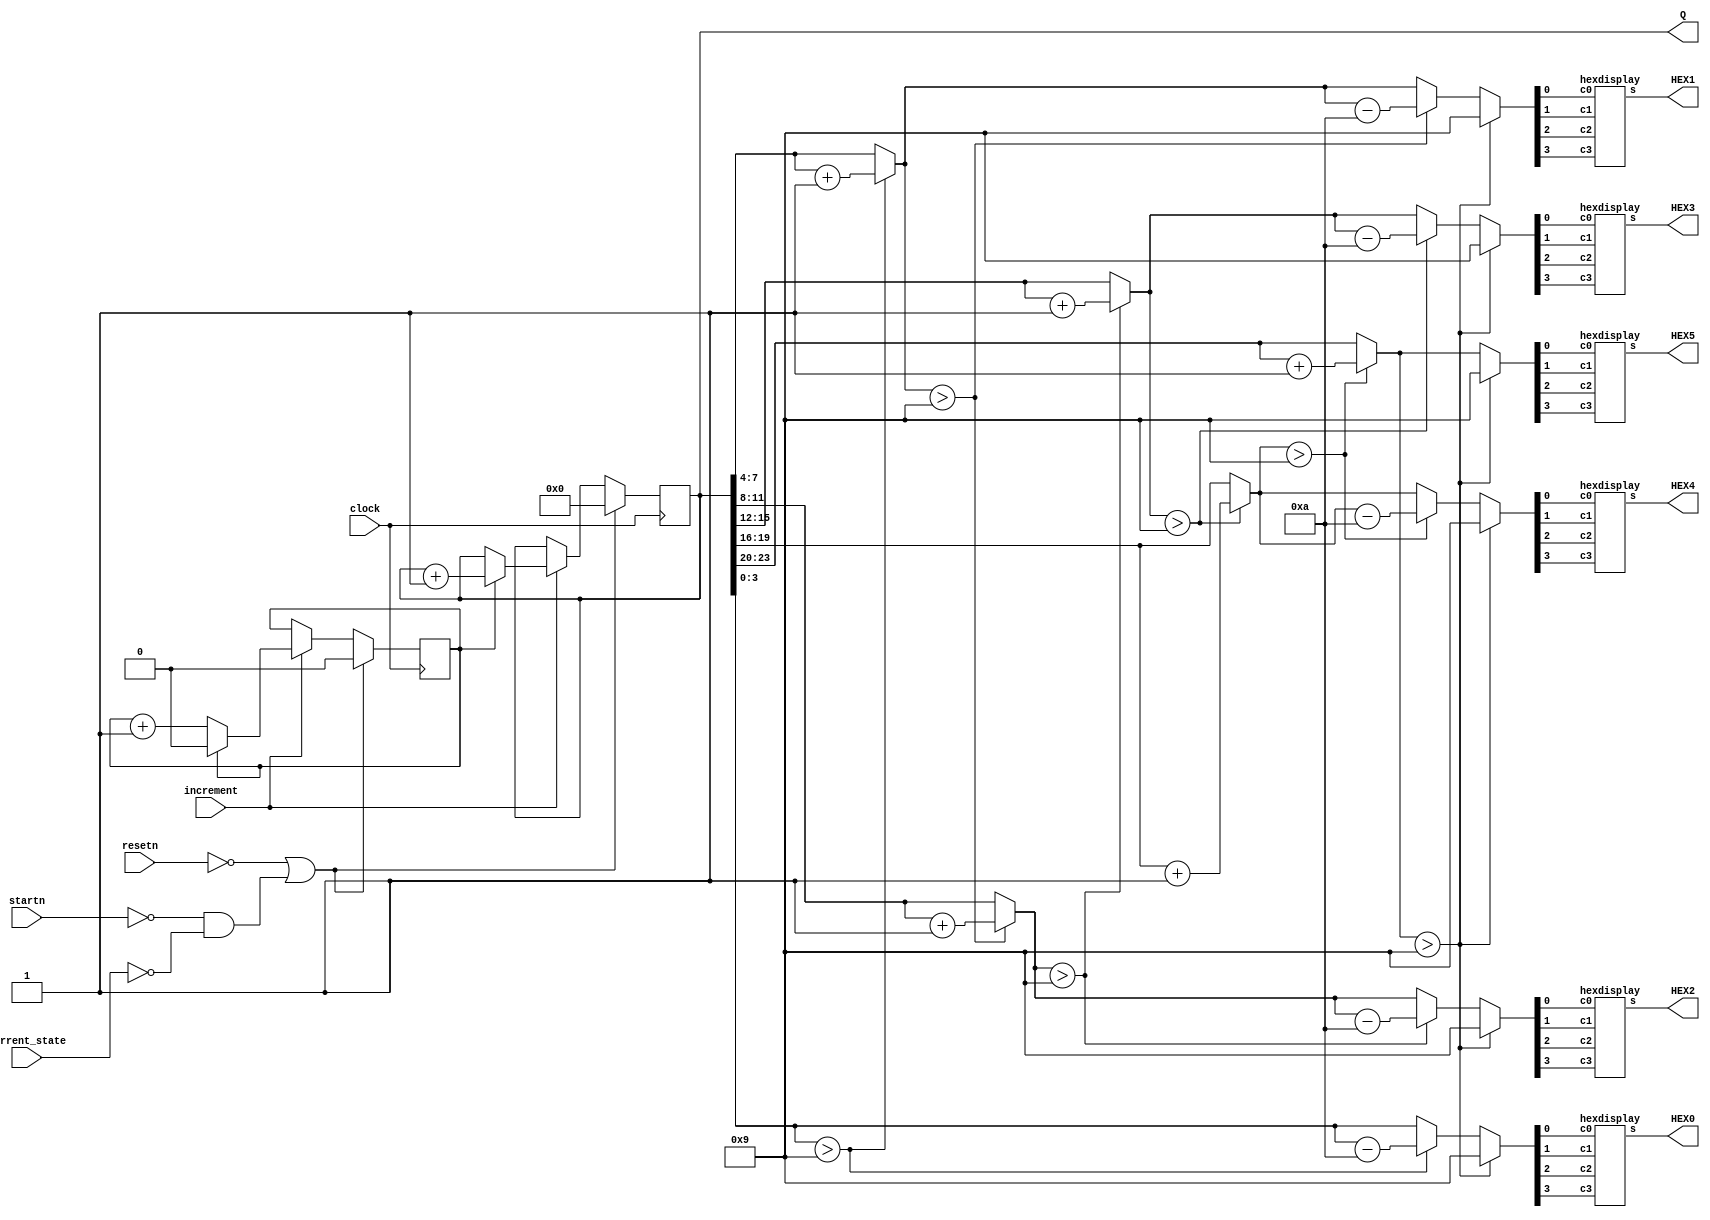
module scoreregister (clock, resetn, startn, current_state, increment,HEX0,HEX1,HEX2,HEX3,HEX4, HEX5, Q);

	input clock, resetn, startn, increment;
	input [5:0] current_state;
	output reg [23:0]Q;
	reg everyOther;
	output [6:0]HEX0, HEX1,HEX2,HEX3,HEX4,HEX5;
	
	reg [3:0] digit_5, digit_4, digit_3, digit_2, digit_1, digit_0;
	
	always@(*) begin
		digit_0 = Q[3:0];
		digit_1 = Q[7:4];
		digit_2 = Q[11:8];
		digit_3 = Q[15:12];
		digit_4 = Q[19:16];
		digit_5 = Q[23:20];
		
		if (digit_0 > 9) begin
			digit_1 = digit_1 + 1;
			digit_0 = digit_0 - 10;
		end
		if (digit_1 > 9) begin
			digit_2 = digit_2 + 1;
			digit_1 = digit_1 - 10;
		end
		if (digit_2 > 9) begin
			digit_3 = digit_3 + 1;
			digit_2 = digit_2 - 10;
		end
		if (digit_3 > 9) begin
			digit_4 = digit_4 + 1;
			digit_3 = digit_3 - 10;
		end
		if (digit_4 > 9) begin
			digit_5 = digit_5 + 1;
			digit_4 = digit_4 - 10;
		end
		if (digit_5 > 9) begin
			digit_0 = 9;
			digit_1 = 9;
			digit_2 = 9;
			digit_3 = 9;
			digit_4 = 9;
			digit_5 = 9;
		end
	
	end
	
	hexdisplay h1(.c3(digit_0[3]), .c2(digit_0[2]), .c1(digit_0[1]), .c0(digit_0[0]), .s(HEX0));
	hexdisplay h2(.c3(digit_1[3]), .c2(digit_1[2]), .c1(digit_1[1]), .c0(digit_1[0]), .s(HEX1));
	hexdisplay h3(.c3(digit_2[3]), .c2(digit_2[2]), .c1(digit_2[1]), .c0(digit_2[0]), .s(HEX2));
	hexdisplay h4(.c3(digit_3[3]), .c2(digit_3[2]), .c1(digit_3[1]), .c0(digit_3[0]), .s(HEX3));
	hexdisplay h5(.c3(digit_4[3]), .c2(digit_4[2]), .c1(digit_4[1]), .c0(digit_4[0]), .s(HEX4));
	hexdisplay h6(.c3(digit_5[3]), .c2(digit_5[2]), .c1(digit_5[1]), .c0(digit_5[0]), .s(HEX5));
			
always@ (posedge clock)
	begin 
	if (!resetn | (!startn & current_state == 5'd0)) begin
		everyOther <= 1'b0;
		Q <= 24'b000000000000000000000000;
	end
	else if (increment) begin
		if (everyOther) begin
			Q <= Q + 1'b1;
			everyOther <= 1'b0;
		end
		else 
			everyOther <= everyOther + 1'b1;
	end
end

endmodule

module hexdisplay(c3, c2, c1, c0, s);
    input c3, c2, c1, c0; //binary digits
	 output [6:0]s; //hex display segments

//assigning segments of the hex display
    assign s[0] = ((~c3&~c2&~c1&c0)|(~c3&c2&~c1&~c0)|(c3&~c2&c1&c0)|(c3&c2&~c1&c0));
	 assign s[1] = ((~c3&c2&~c1&c0)|(~c3&c2&c1&~c0)|(c3&~c2&c1&c0)|(c3&c2&~c1&~c0)|(c3&c2&c1&~c0)|(c3&c2&c1&c0));
	 assign s[2] = ((~c3&~c2&c1&~c0)|(c3&c2&~c1&~c0)|(c3&c2&c1&~c0)|(c3&c2&c1&c0));
	 assign s[3] = ((~c3&~c2&~c1&c0)|(~c3&c2&~c1&~c0)|(~c3&c2&c1&c0)|(c3&~c2&c1&~c0)|(c3&c2&c1&c0));
	 assign s[4] = ((~c3&~c2&~c1&c0)|(~c3&~c2&c1&c0)|(~c3&c2&~c1&~c0)|(~c3&c2&~c1&c0)|(~c3&c2&c1&c0)|(c3&~c2&~c1&c0));
	 assign s[5] = ((~c3&~c2&~c1&c0)|(~c3&~c2&c1&~c0)|(~c3&~c2&c1&c0)|(~c3&c2&c1&c0)|(c3&c2&~c1&c0));
	 assign s[6] = ((~c3&~c2&~c1&~c0)|(~c3&~c2&~c1&c0)|(~c3&c2&c1&c0)|(c3&c2&~c1&~c0));

endmodule